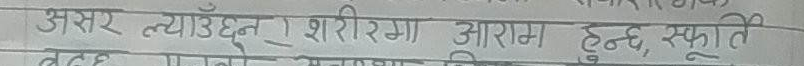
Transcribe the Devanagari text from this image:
असर त्याउँछन्। शरीरमा आराम हुन्छ, स्फूर्ति